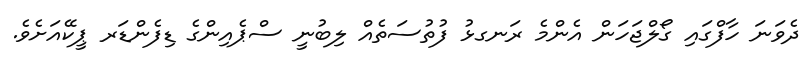
ދެވަނަ ހާފްގައި ގޯލްޖަހަން އެންމެ ރަނގޅު ފުތުސަތެއް ލިބުނީ ސްޕެއިންގެ ޑިފެންޑަރ ޕީކޭއަށެވެ.